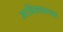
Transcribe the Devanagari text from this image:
आविशकारक